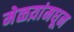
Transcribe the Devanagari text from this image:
मेळय़ांमधून